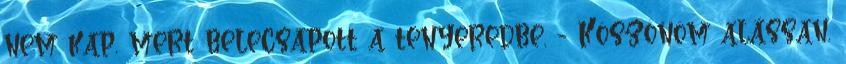
nem kap, mert belecsapott a tenyeredbe. - Köszönöm alássan.